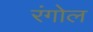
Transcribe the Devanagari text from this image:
रंगोल